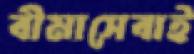
বীমাসেবাই